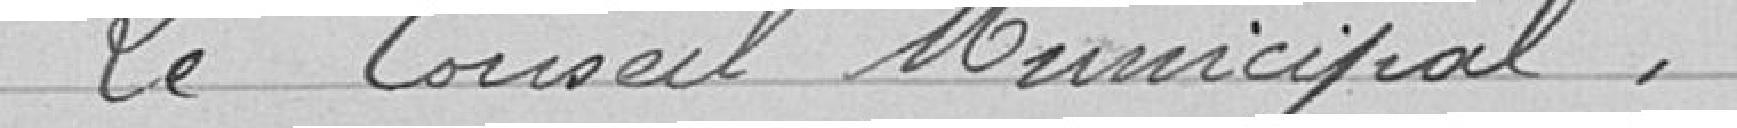
Le Conseil Municipal,